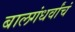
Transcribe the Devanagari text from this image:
बालगंधर्वांचं